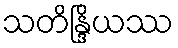
သတိန္ဒြိယဿ